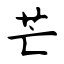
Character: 芒